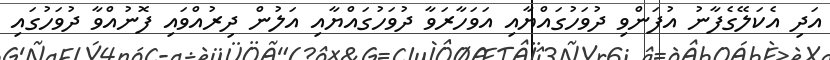
އަދި އެކަލޭގެފާނު އުފަންވި ދުވަހުގައްޔާއި އަވަހާރަވާ ދުވަހުގައްޔާއި އަލުން ދިރުއްވައި ފޮނުއްވާ ދުވަހުގައި